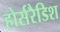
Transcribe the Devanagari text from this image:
होर्सरैडिश